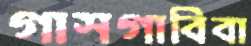
গাসগাবিবা